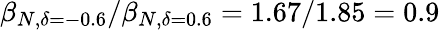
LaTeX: \beta_{N,\delta=-0.6}/\beta_{N,\delta=0.6}=1.67/1.85=0.9